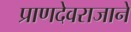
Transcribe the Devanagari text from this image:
प्राणदेवराजाने